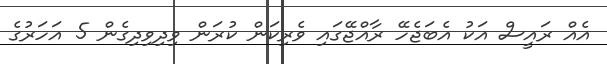
އެއް ރައީސް އަކު އެބަޖެހޭ ރާއްޖޭގައި ވެރިކަން ކުރަން ވިދިވިދިގެން 5 އަހަރުގެ